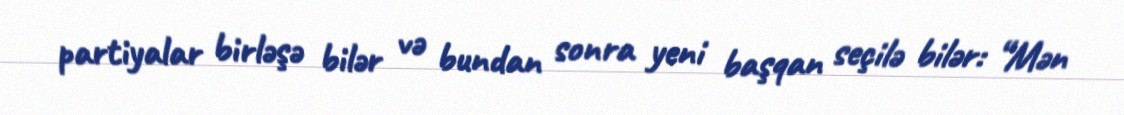
partiyalar birləşə bilər və bundan sonra yeni başqan seçilə bilər: “Mən